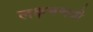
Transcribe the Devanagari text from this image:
लक्षमणजी